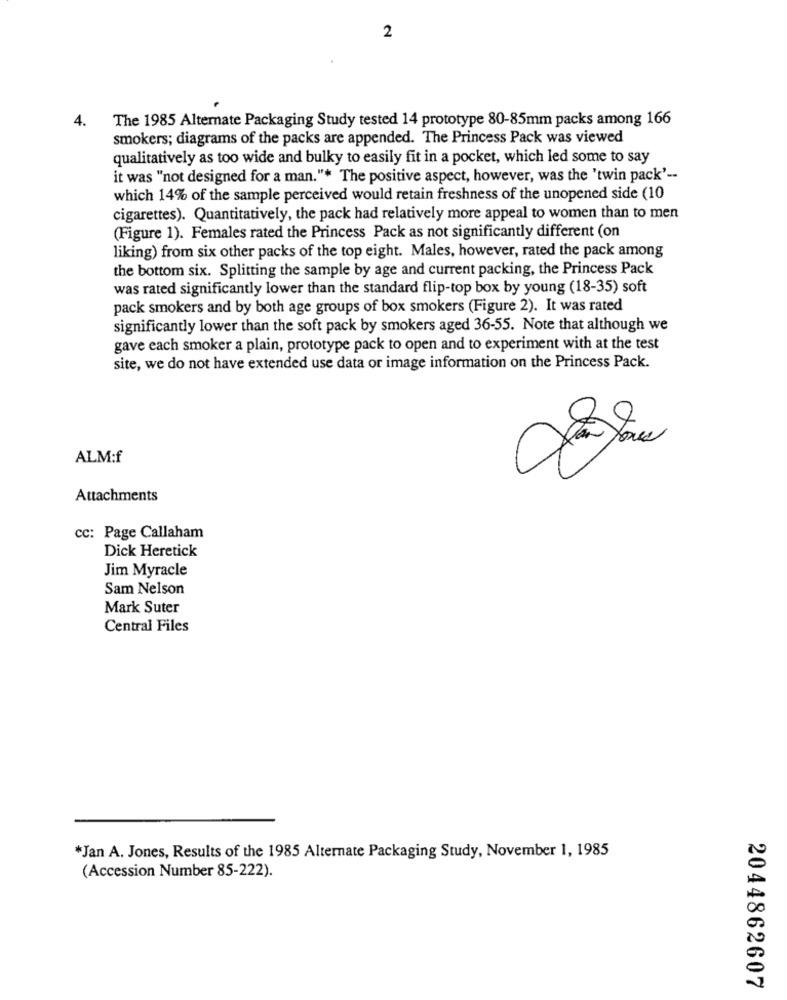
2
4.
The 1985 Alternate Packaging Study tested 14 prototype 80-85mm packs among 166
smokers; diagrams of the packs are appended. The Princess Pack was viewed
qualitatively as too wide and bulky to easily fit in a pocket, which led some to say
it was "not designed for a man."* The positive aspect, however, was the 'twin pack' --
which 14% of the sample perceived would retain freshness of the unopened side (10
cigarettes). Quantitatively, the pack had relatively more appeal to women than to men
(Figure 1). Females rated the Princess Pack as not significantly different (on
liking) from six other packs of the top eight. Males, however, rated the pack among
the bottom six. Splitting the sample by age and current packing, the Princess Pack
was rated significantly lower than the standard flip-top box by young (18-35) soft
pack smokers and by both age groups of box smokers (Figure 2). It was rated
significantly lower than the soft pack by smokers aged 36-55. Note that although we
gave each smoker a plain, prototype pack to open and to experiment with at the test
site, we do not have extended use data or image information on the Princess Pack.
ALM:f
Attachments
Cc: Page Callaham
Dick Heretick
Jim Myracle
Sam Nelson
Mark Suter
Central Files
*Jan A. Jones, Results of the 1985 Alternate Packaging Study, November 1, 1985
(Accession Number 85-222).
2044862607